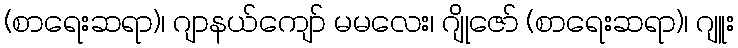
(စာရေးဆရာ)၊ ဂျာနယ်ကျော် မမလေး၊ ဂျိုဇော် (စာရေးဆရာ)၊ ဂျူး